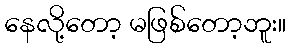
နေလို့တော့ မဖြစ်တော့ဘူး။